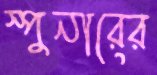
স্পুনারের